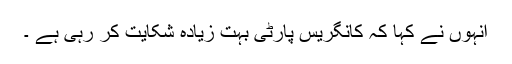
انہوں نے کہا کہ کانگریس پارٹی بہت زیادہ شکایت کر رہی ہے ۔